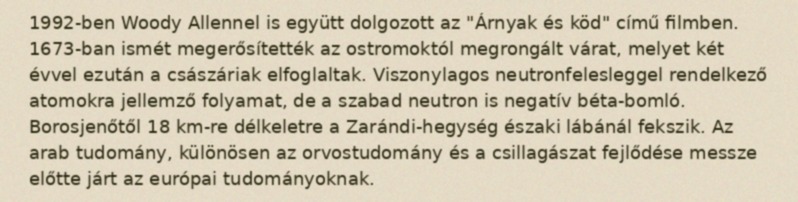
1992-ben Woody Allennel is együtt dolgozott az "Árnyak és köd" című filmben. 1673-ban ismét megerősítették az ostromoktól megrongált várat, melyet két évvel ezután a császáriak elfoglaltak. Viszonylagos neutronfelesleggel rendelkező atomokra jellemző folyamat, de a szabad neutron is negatív béta-bomló. Borosjenőtől 18 km-re délkeletre a Zarándi-hegység északi lábánál fekszik. Az arab tudomány, különösen az orvostudomány és a csillagászat fejlődése messze előtte járt az európai tudományoknak.